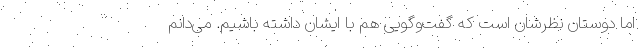
اما دوستان نظرشان است که گفت‌وگویی هم با ایشان داشته باشیم. می‌دانم